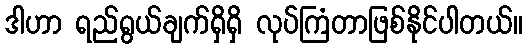
ဒါဟာ ရည်ရွယ်ချက်ရှိရှိ လုပ်ကြံတာဖြစ်နိုင်ပါတယ်။